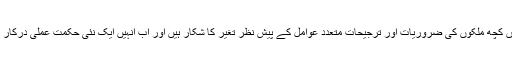
جہاں کچھ ملکوں کی ضروریات اور ترجیحات متعدد عوامل کے پیش نظر تغیر کا شکار ہیں اور اب انہیں ایک نئی حکمت عملی درکار ہے۔